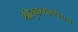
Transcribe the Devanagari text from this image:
श्रीतुकारामचैतन्य